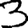
Digit: 3